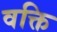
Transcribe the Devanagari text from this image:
वक्ति